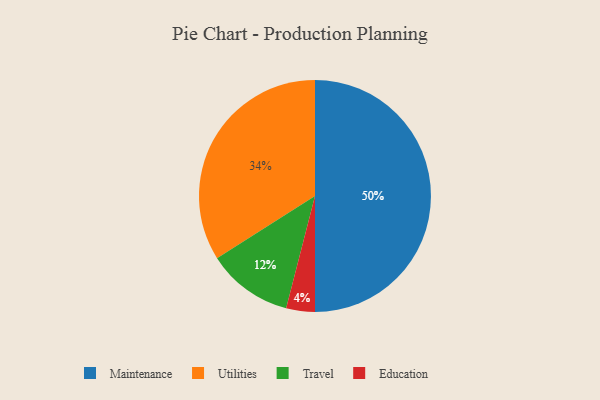
{"axis": {"x": "Category", "y": "Percentage"}, "legend": ["Education", "Maintenance", "Travel", "Utilities"], "data": [{"x": "Travel", "y": 12, "type": "Travel"}, {"x": "Maintenance", "y": 50, "type": "Maintenance"}, {"x": "Utilities", "y": 34, "type": "Utilities"}, {"x": "Education", "y": 4, "type": "Education"}]}